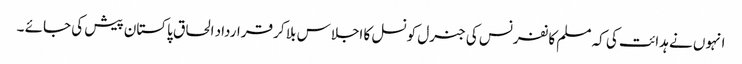
انہوں نے ہدائت کی کہ مسلم کانفرنس کی جنرل کونسل کا اجلاس بلا کر قرارداد الحاق پاکستان پیش کی جائے ۔